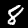
Label: 8